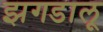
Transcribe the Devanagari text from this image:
झगडालू